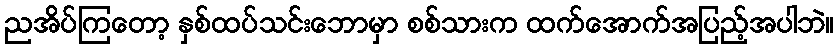
ညအိပ်ကြတော့ နှစ်ထပ်သင်းဘောမှာ စစ်သားက ထက်အောက်အပြည့်အပါဘဲ။